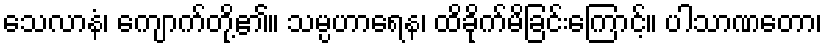
သေလာနံ၊ ကျောက်တို့၏။ သမ္ပဟာရေန၊ ထိခိုက်မိခြင်းကြောင့်။ ပါသာဏတော၊